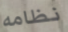
نظامه